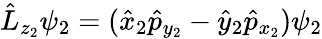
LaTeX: \begin{array}{r}{\hat{L}_{z_{2}}\psi_{2}=(\hat{x}_{2}\hat{p}_{y_{2}}-\hat{y}_{2}\hat{p}_{x_{2}})\psi_{2}}\end{array}